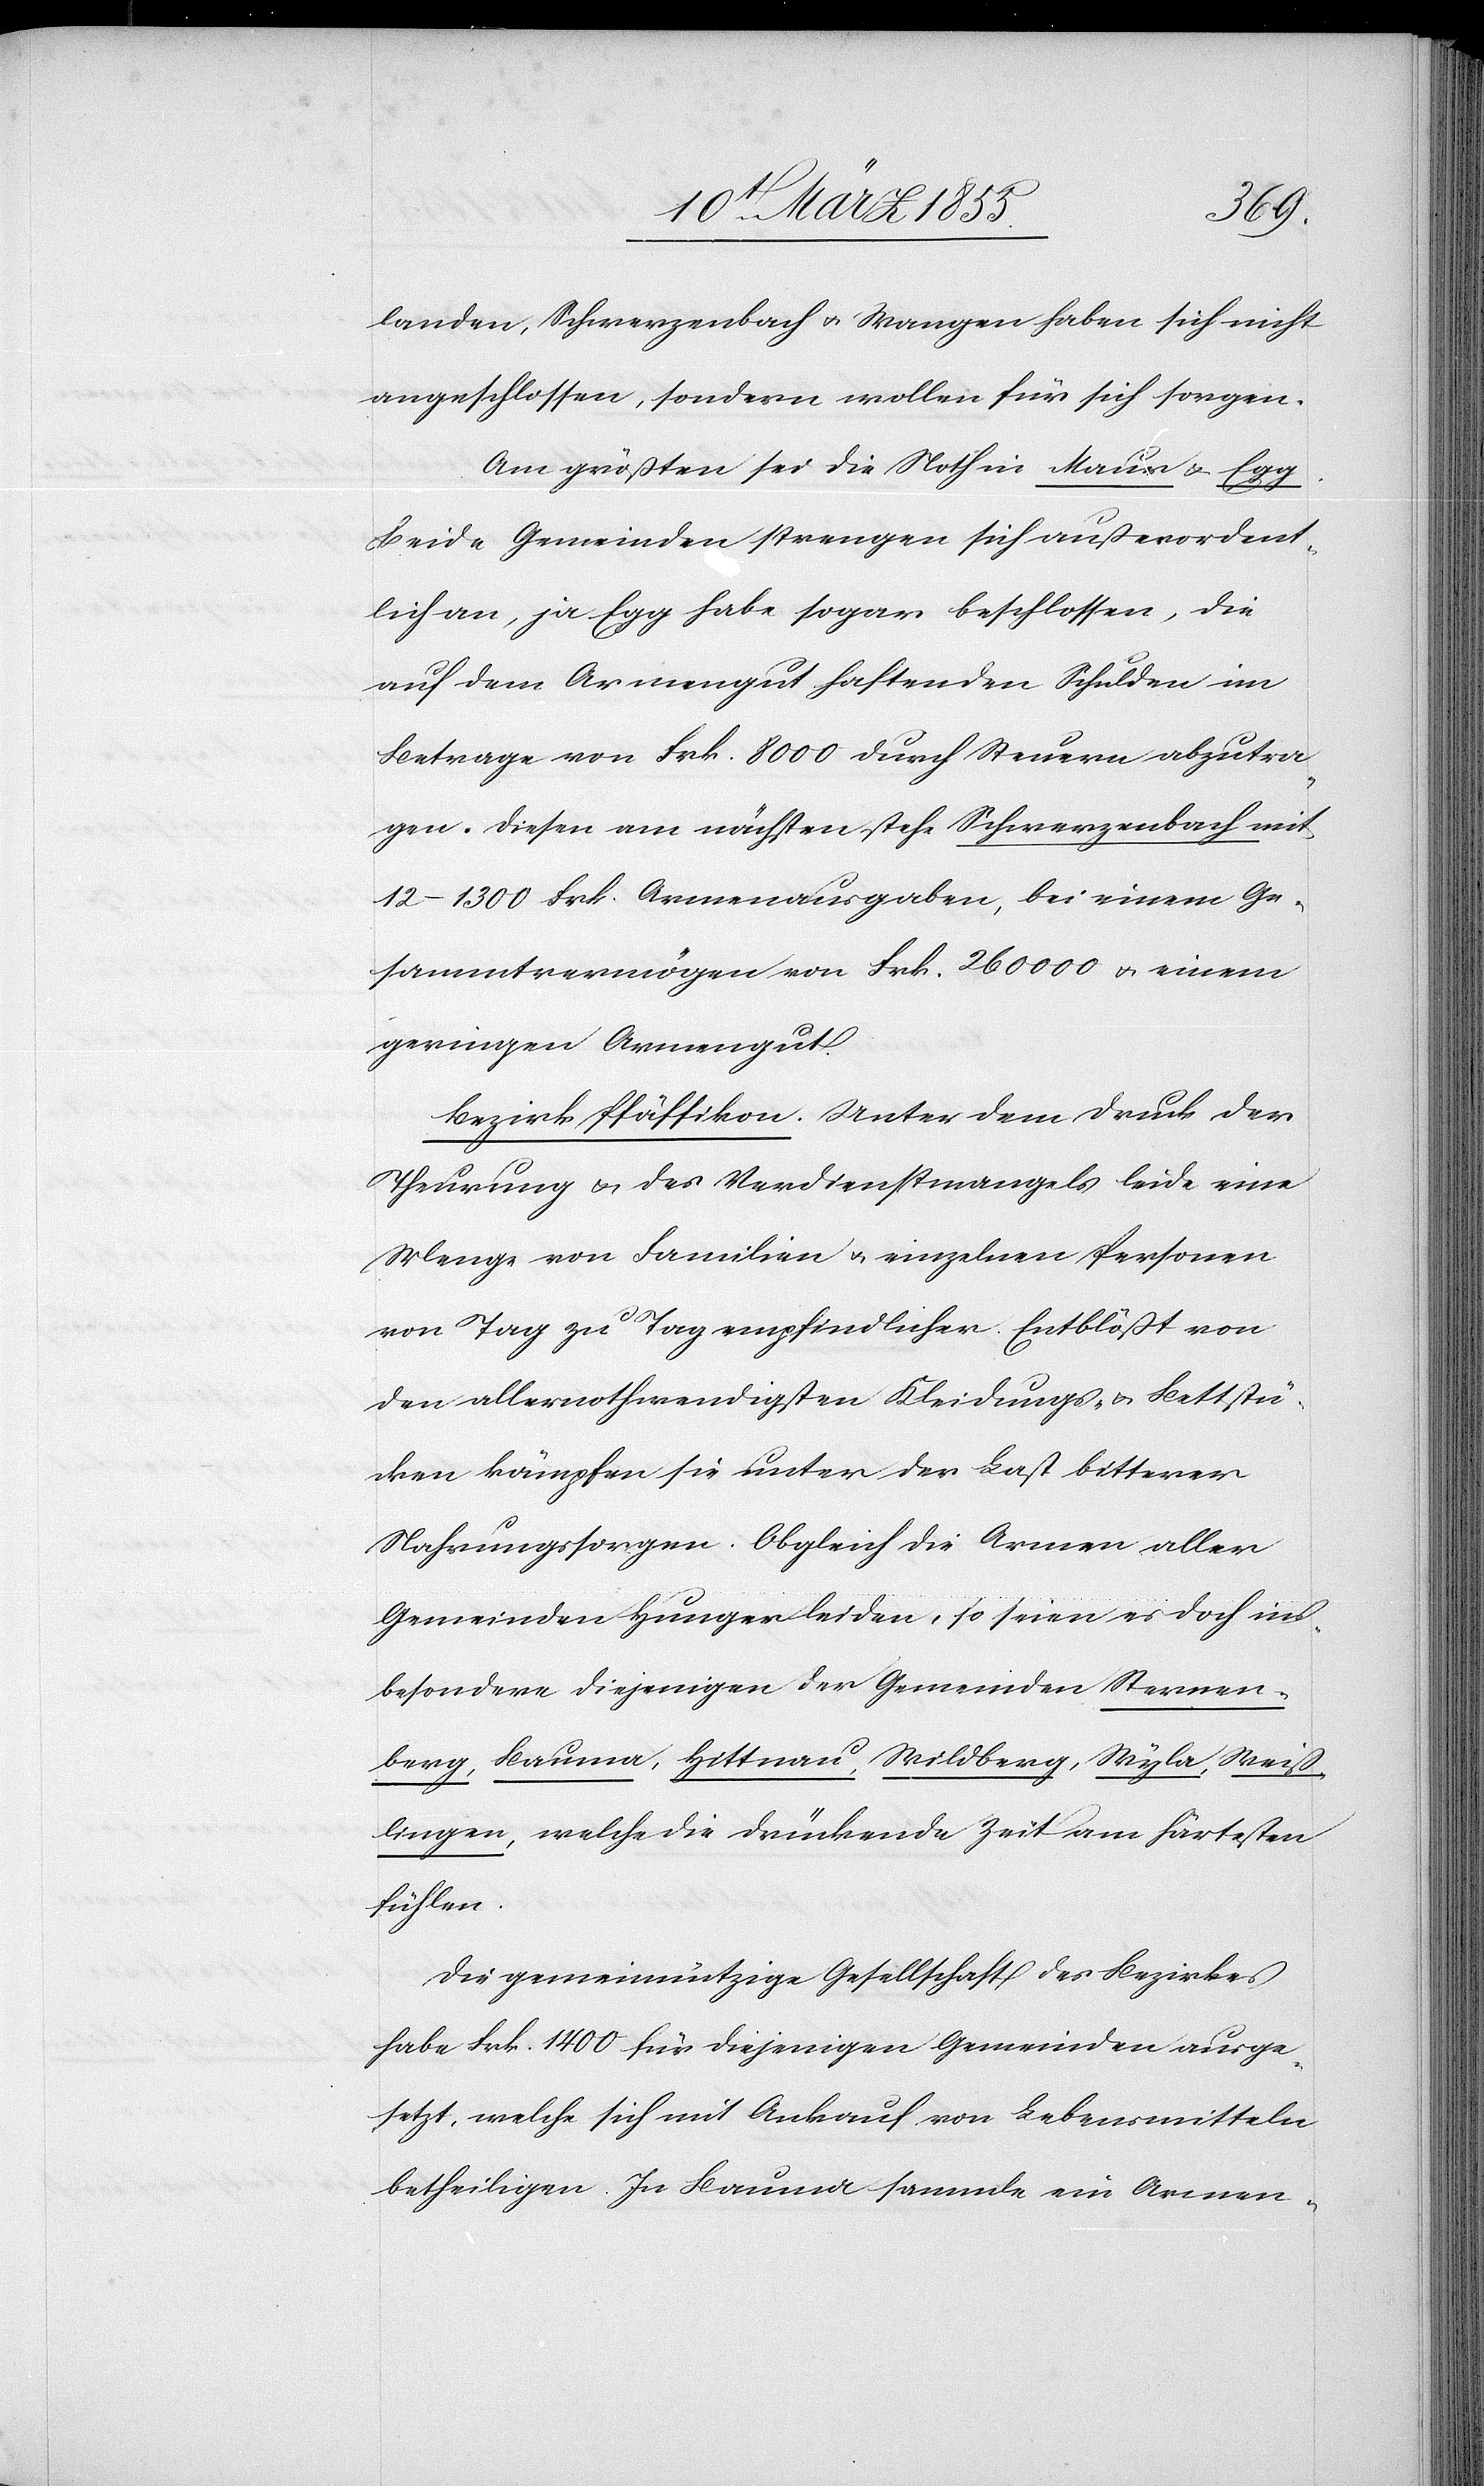
landen, Schwerzenbach & Wangen haben sich nicht
angeschlossen, sondern wollen für sich sorgen.
Am größten sei die Noth in Maur & Egg.
Beide Gemeinden strengen sich außerordent¬
lich an, ja Egg habe sogar beschlossen, die
auf dem Armengut haftenden Schulden im
Betrage von Frk. 8000 durch Steuern abzutra¬
gen. Diesen am nächsten stehe Schwerzenbach mit
12–1300 Frk. Armenausgaben, bei einem Ge¬
sammtvermögen von Frk. 260 000 & einem
geringen Armengut.
Bezirk Pfäffikon. Unter dem Druck der
Theurung & des Verdienstmangels leide eine
Menge von Familien & einzelnen Personen
von Tag zu Tag empfindlicher. Entblößt von
den allernothwendigsten Kleidungs- & Bettstü¬
cken kämpfen sie unter der Last bitterer
Nahrungssorgen. Obgleich die Armen aller
Gemeinden Hunger leiden, so seien es doch ins¬
besondere diejenigen der Gemeinden Sternen¬
berg, Bauma, Hittnau, Wildberg, Wyla, Weiß¬
lingen, welche die drückende Zeit am härtesten
fühlen.
Die gemeinnützige Gesellschaft des Bezirkes
habe Frk. 1400 für diejenigen Gemeinden ausge¬
setzt, welche sich mit Ankauf von Lebensmitteln
betheiligen. In Bauma sammle ein Armen-